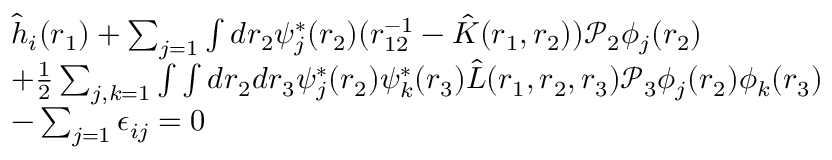
\begin{array} { r l } & { \hat { h } _ { i } ( \boldsymbol { r } _ { 1 } ) + \sum _ { j = 1 } \int d \boldsymbol { r } _ { 2 } \psi _ { j } ^ { * } ( \boldsymbol { r } _ { 2 } ) ( r _ { 1 2 } ^ { - 1 } - \hat { K } ( \boldsymbol { r } _ { 1 } , \boldsymbol { r } _ { 2 } ) ) \mathcal { P } _ { 2 } \phi _ { j } ( \boldsymbol { r } _ { 2 } ) } \\ & { + \frac { 1 } { 2 } \sum _ { j , k = 1 } \int \int d \boldsymbol { r } _ { 2 } d \boldsymbol { r } _ { 3 } \psi _ { j } ^ { * } ( \boldsymbol { r } _ { 2 } ) \psi _ { k } ^ { * } ( \boldsymbol { r } _ { 3 } ) \hat { L } ( \boldsymbol { r } _ { 1 } , \boldsymbol { r } _ { 2 } , \boldsymbol { r } _ { 3 } ) \mathcal { P } _ { 3 } \phi _ { j } ( \boldsymbol { r } _ { 2 } ) \phi _ { k } ( \boldsymbol { r } _ { 3 } ) } \\ & { - \sum _ { j = 1 } \epsilon _ { i j } = 0 } \end{array}